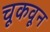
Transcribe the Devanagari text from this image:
चूकवून